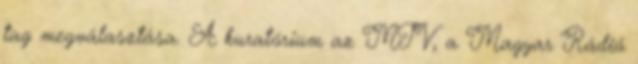
tag megválasztása. A kuratórium az MTV, a Magyar Rádió